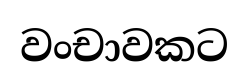
වංචාවකට